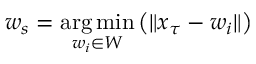
\boldsymbol { w } _ { s } = \underset { \boldsymbol { w } _ { i } \in \boldsymbol { W } } { \arg \operatorname* { m i n } } \left( \lVert \boldsymbol { x } _ { \tau } - \boldsymbol { w } _ { i } \rVert \right)